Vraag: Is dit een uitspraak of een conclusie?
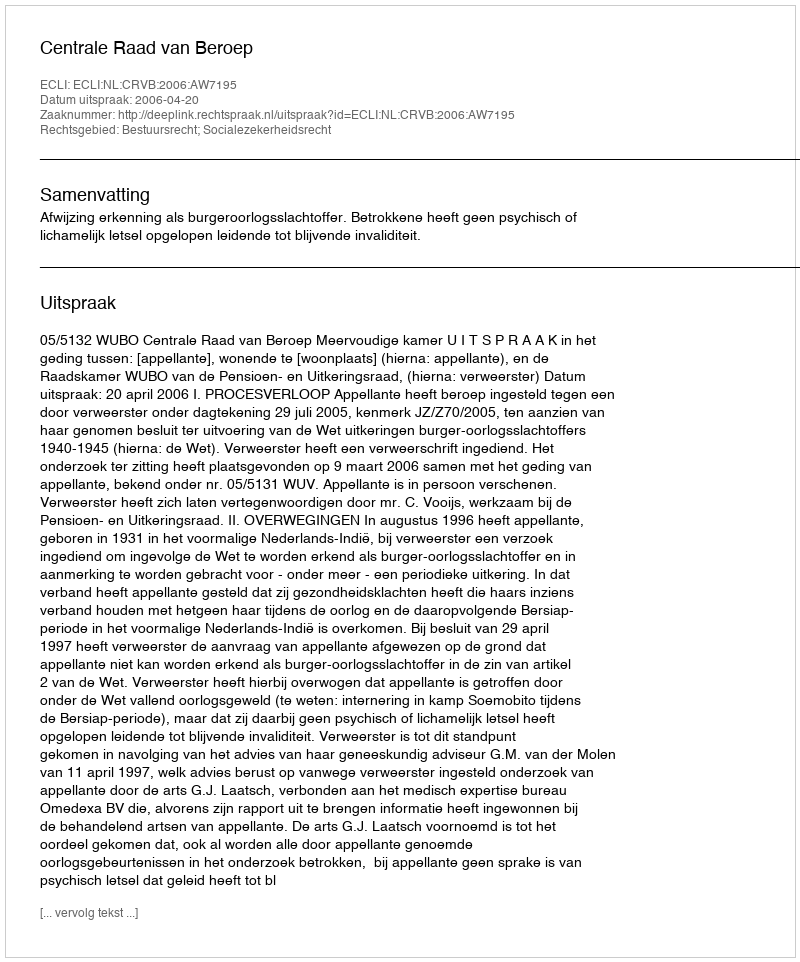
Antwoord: Uitspraak